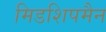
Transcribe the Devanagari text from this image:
मिडशिपमैन